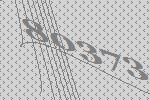
80373